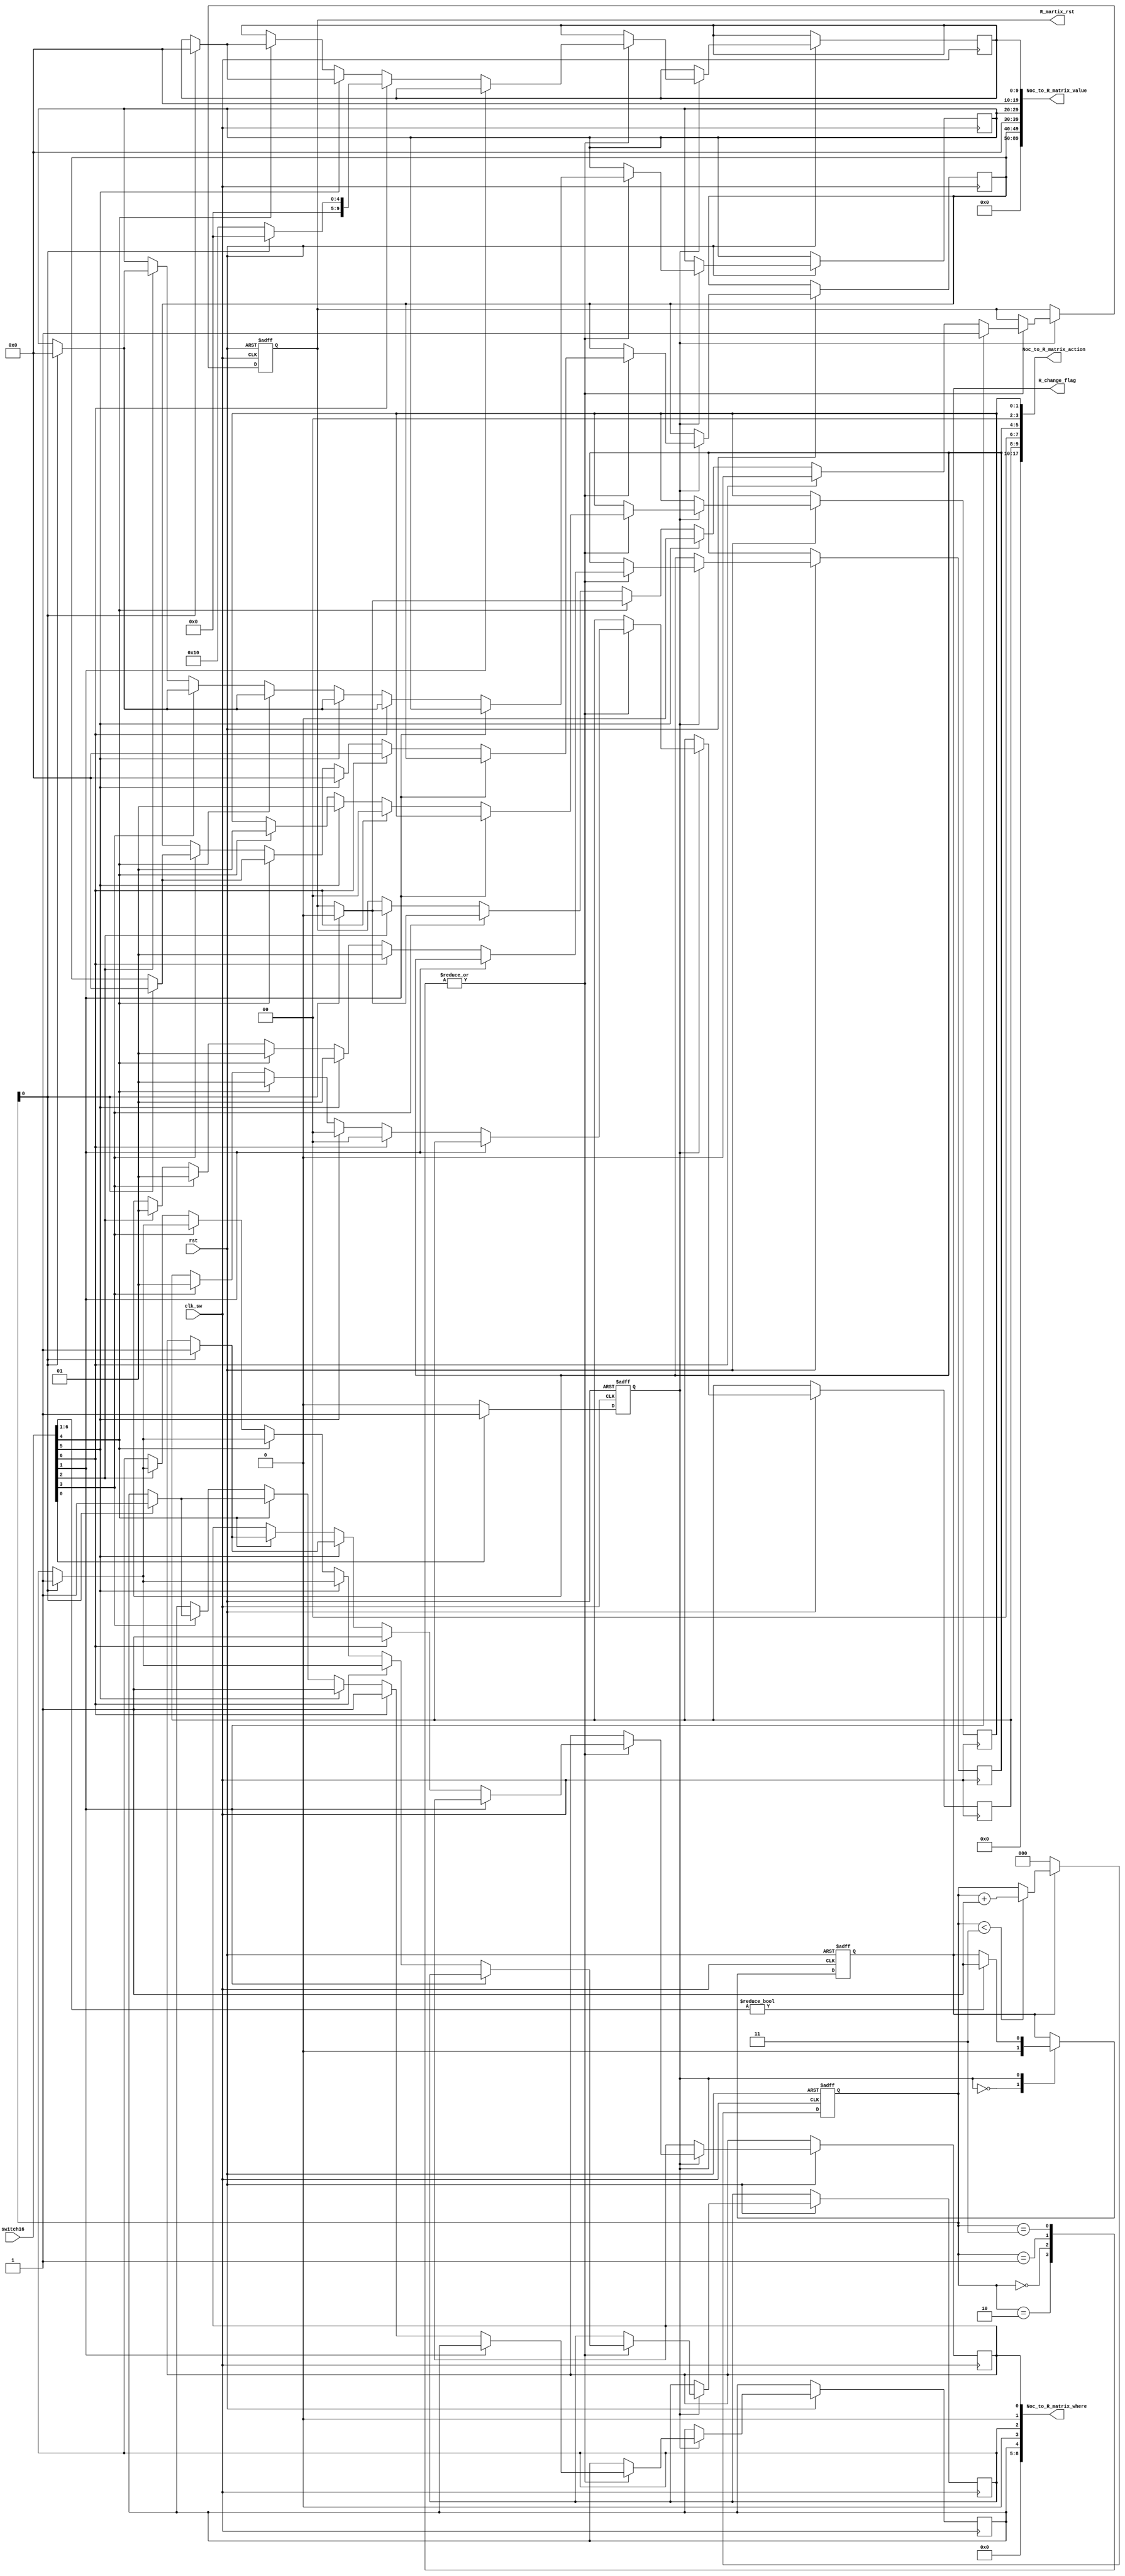
`timescale 1ns / 1ps



module switch(
    input[6:0]switch16,
    input clk_sw,
    input rst,
    output reg [8:0]Noc_to_R_matrix_where=0,//
    output reg [17:0]Noc_to_R_matrix_action=0,
    output reg [89:0]Noc_to_R_matrix_value=0,
    output reg R_change_flag,
    output reg R_martix_rst
    );
    reg state;
    reg[2:0]cnt_R_change;
    always@(posedge clk_sw,negedge rst)begin
        if(!rst)
            cnt_R_change<=0;
        else begin
            if(R_change_flag==1)//stateclk
                if(cnt_R_change<3)
                    cnt_R_change<=cnt_R_change+1;
                else//
                    cnt_R_change<=cnt_R_change;
            else if(R_change_flag==0)    
                cnt_R_change<=0;
        end
    end

    
    always@(posedge clk_sw,negedge rst)begin
        if(!rst)begin
            state<=0;
            R_change_flag<=0;
        end
        else begin
            case(state)
                0:begin
                    R_change_flag<=0;
                    if(switch16[0]==1) state<=1;
                
                end
                1:begin
                    if(switch16[6:1]!=5'b00000)R_change_flag<=1;
                    if(switch16[0]==0) state<=0;
                end
            endcase         
        end
    end
    
    reg nouse;
    reg no=0;
    reg[3:0]state_no;
    always@(posedge clk_sw,negedge rst)begin
        if(!rst)
            nouse=crowd_state_0(switch16);// 
        else begin
            if(state==0)
                nouse=0;
            else begin//1
                case(cnt_R_change)
                0:
                    if(switch16[1])nouse=crowd_state_0(cnt_R_change);
                    else if(switch16[6])nouse=crowd_state_5(cnt_R_change);
                    else if(switch16[5])nouse=crowd_state_4(cnt_R_change);
                    else if(switch16[4])nouse=crowd_state_3(cnt_R_change);         
                    else if(switch16[3])nouse=crowd_state_2(cnt_R_change);
                    else if(switch16[2])nouse=crowd_state_1(cnt_R_change);
                1:
                   if(switch16[1])nouse=crowd_state_0(cnt_R_change);
                   else if(switch16[6])nouse=crowd_state_5(cnt_R_change);
                   else if(switch16[5])nouse=crowd_state_4(cnt_R_change);
                   else if(switch16[4])nouse=crowd_state_3(cnt_R_change);         
                   else if(switch16[3])nouse=crowd_state_2(cnt_R_change);
                   else if(switch16[2])nouse=crowd_state_1(cnt_R_change);
                2:
                    if(switch16[1])nouse=crowd_state_0(cnt_R_change);
                    else if(switch16[6])nouse=crowd_state_5(cnt_R_change);
                    else if(switch16[5])nouse=crowd_state_4(cnt_R_change);
                    else if(switch16[4])nouse=crowd_state_3(cnt_R_change);         
                    else if(switch16[3])nouse=crowd_state_2(cnt_R_change);
                    else if(switch16[2])nouse=crowd_state_1(cnt_R_change);                
                3:    
                    if(switch16[1])nouse=crowd_state_0(cnt_R_change);
                    else if(switch16[6])nouse=crowd_state_5(cnt_R_change);
                    else if(switch16[5])nouse=crowd_state_4(cnt_R_change);
                    else if(switch16[4])nouse=crowd_state_3(cnt_R_change);         
                    else if(switch16[3])nouse=crowd_state_2(cnt_R_change);
                    else if(switch16[2])nouse=crowd_state_1(cnt_R_change);  
                default:nouse=0;                  
                endcase  
           end
        end
    end
    
    function crowd_state_0;
            input cnt_R_change;
            
            begin
                R_martix_rst=1;
                crowd_state_0=0;
                state_no=0;
            end
         endfunction
    
     function crowd_state_1;
        input cnt_R_change;
         begin
            Noc_to_R_matrix_action[5:4]=2'b01;
            if(cnt_R_change==Noc_to_R_matrix_action[5:4])begin
               R_martix_rst=0;
               Noc_to_R_matrix_where[2]=1;
               
               Noc_to_R_matrix_value[29:20]=10'b0;
               crowd_state_1=1;
               state_no=1;
            end
        end
     endfunction
     
     function crowd_state_2;
        input cnt_R_change;
        begin
            no=crowd_state_1(cnt_R_change);//
             Noc_to_R_matrix_action[9:8]=2'b01;
            if(cnt_R_change==Noc_to_R_matrix_action[9:8])begin
 
               R_martix_rst=0;
               Noc_to_R_matrix_where[4]=1;
              
               Noc_to_R_matrix_value[49:40]=10'b0;
               crowd_state_2=2;
               state_no=2;
           end
        end
     endfunction
 
      function crowd_state_3;
        input cnt_R_change;
        begin
             no=crowd_state_2(cnt_R_change);//
             Noc_to_R_matrix_action[1:0]=2'b01;
            if(cnt_R_change==Noc_to_R_matrix_action[1:0])begin
              
               R_martix_rst=0;
               Noc_to_R_matrix_where[0]=1;
               
               Noc_to_R_matrix_value[9:0]=10'b0;
               crowd_state_3=3;//?
               state_no=3;
           end
        end
     endfunction   
 
      function crowd_state_4;
       input cnt_R_change;
       begin
          no=crowd_state_3(cnt_R_change);//
           Noc_to_R_matrix_action[9:8]=2'b00;
         if(cnt_R_change==Noc_to_R_matrix_action[9:8])begin
             
              R_martix_rst=0;
              Noc_to_R_matrix_where[4]=1;
             
              Noc_to_R_matrix_value[49:40]=10'b0;
              crowd_state_4=4;//?
              state_no=4;
          end
       end
    endfunction   
    
     function crowd_state_5;
     input cnt_R_change;
//     input[1:0] action;
     begin
        no=crowd_state_4(cnt_R_change);//
         Noc_to_R_matrix_action[1:0]=2'b00;
        if(cnt_R_change==Noc_to_R_matrix_action[1:0])begin 
            R_martix_rst=0;
            Noc_to_R_matrix_where[0]=1;
           
            Noc_to_R_matrix_value[9:0]=10'd16;
            crowd_state_5=5;//?
            state_no=5;
        end
     end
     endfunction  
endmodule